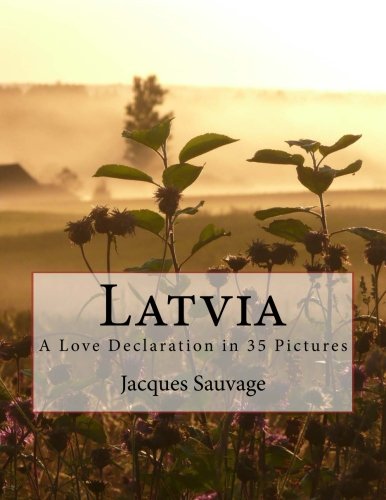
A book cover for Latvia: A Love Declaration in 35 Pictures; Jacques Sauvage; Travel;